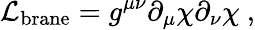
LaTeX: {\cal L}_{\mathrm{brane}}=g^{\mu\nu}{\partial}_{\mu}{\chi}{\partial}_{\nu}{\chi}\ ,